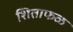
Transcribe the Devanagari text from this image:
शिताफळ